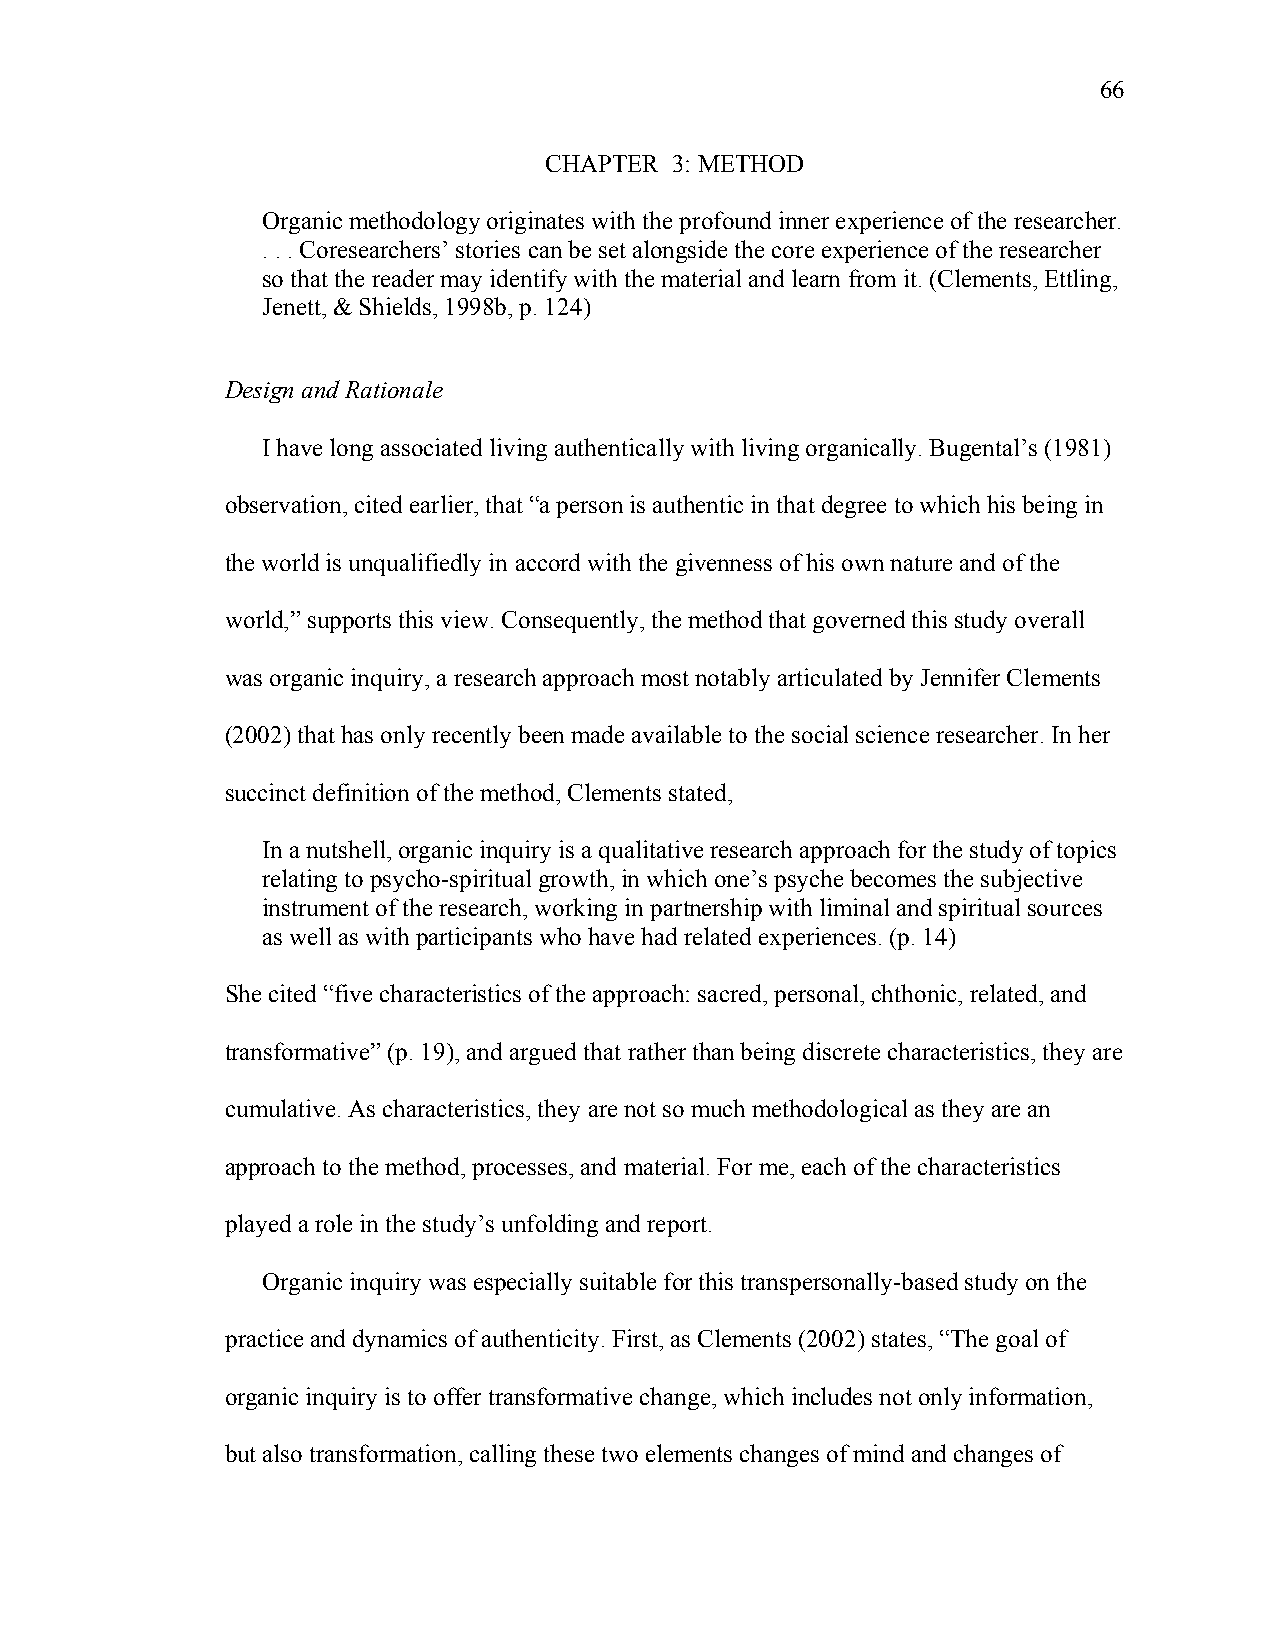
66
 CHAPTER 3: METHOD
 Organic methodology originates with the profound inner experience of the researcher.
 . . . Coresearchers’ stories can be set alongside the core experience of the researcher
 so that the reader may identify with the material and learn from it. (Clements, Ettling,
 Jenett, & Shields, 1998b, p. 124)
 Design and Rationale
 I have long associated living authentically with living organically. Bugental’s (1981)
 observation, cited earlier, that “a person is authentic in that degree to which his being in
 the world is unqualifiedly in accord with the givenness of his own nature and of the
 world,” supports this view. Consequently, the method that governed this study overall
 was organic inquiry, a research approach most notably articulated by Jennifer Clements
 (2002) that has only recently been made available to the social science researcher. In her
 succinct definition of the method, Clements stated,
 In a nutshell, organic inquiry is a qualitative research approach for the study of topics
 relating to psycho-spiritual growth, in which one’s psyche becomes the subjective
 instrument of the research, working in partnership with liminal and spiritual sources
 as well as with participants who have had related experiences. (p. 14)
 She cited “five characteristics of the approach: sacred, personal, chthonic, related, and
 transformative” (p. 19), and argued that rather than being discrete characteristics, they are
 cumulative. As characteristics, they are not so much methodological as they are an
 approach to the method, processes, and material. For me, each of the characteristics
 played a role in the study’s unfolding and report.
 Organic inquiry was especially suitable for this transpersonally-based study on the
 practice and dynamics of authenticity. First, as Clements (2002) states, “The goal of
 organic inquiry is to offer transformative change, which includes not only information,
 but also transformation, calling these two elements changes of mind and changes of